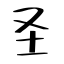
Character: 圣